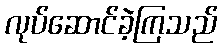
လုပ်ဆောင်ခဲ့ကြသည်